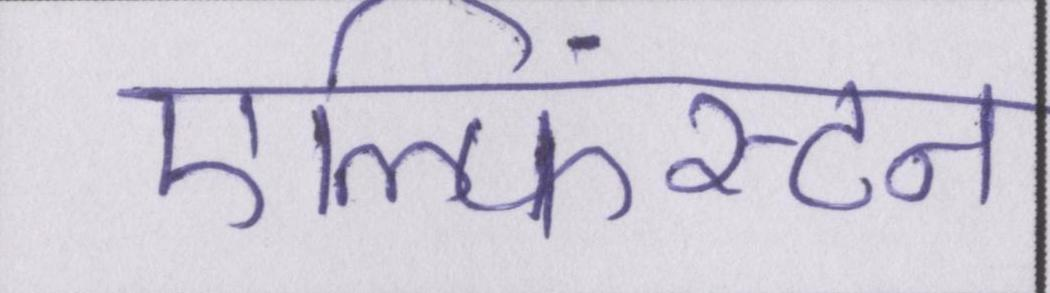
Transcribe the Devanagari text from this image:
एल्फिंस्टन